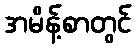
အမိန့်စာတွင်